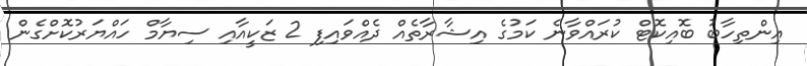
އިންތިހާބު ބޮއިކޮޓް ކުރައްވާނެ ކަމުގެ އިޝާރާތެއް ދެއްވައިފި 2 ޒަކީއާއި ސިޔާމް ހައްޔަރުކޮށްގެން